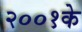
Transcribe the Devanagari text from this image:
२००१के